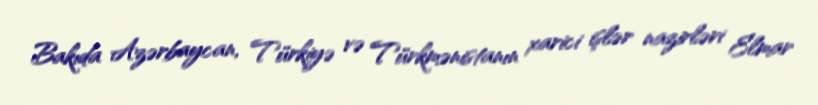
Bakıda Azərbaycan, Türkiyə və Türkmənistanın xarici işlər nazirləri Elmar